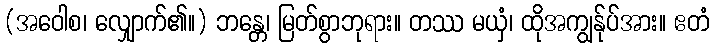
(အဝေါစ၊ လျှောက်၏။) ဘန္တေ၊ မြတ်စွာဘုရား။ တဿ မယှံ၊ ထိုအကျွန်ုပ်အား။ ဧတံ